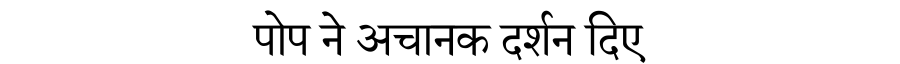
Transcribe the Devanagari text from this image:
पोप ने अचानक दर्शन दिए